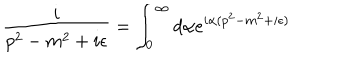
LaTeX: \frac { i } { p ^ { 2 } - m ^ { 2 } + i \epsilon } = \int _ { 0 } ^ { \infty } d \alpha e ^ { i \alpha ( p ^ { 2 } - m ^ { 2 } + i \epsilon ) }